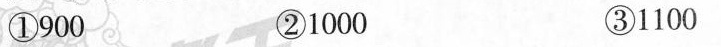
①900 ②1000 ③1100